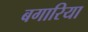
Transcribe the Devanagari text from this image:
बगारिया